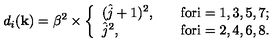
d _ { i } ( { \bf k } ) = \beta ^ { 2 } \times \left\{ \begin{array} { l l } { ( \hat { j } + 1 ) ^ { 2 } , \quad } & { \mathrm { f o r i = 1 , 3 , 5 , 7 ; } } \\ { \hat { j } ^ { 2 } , } & { \mathrm { f o r i = 2 , 4 , 6 , 8 . } } \\ \end{array} \right.